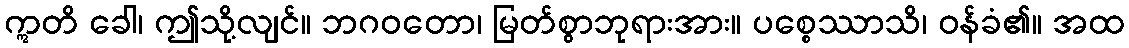
ဣတိ ခေါ၊ ဤသို့လျင်။ ဘဂဝတော၊ မြတ်စွာဘုရားအား။ ပစ္စေဿာသိ၊ ဝန်ခံ၏။ အထ